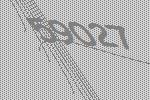
59027